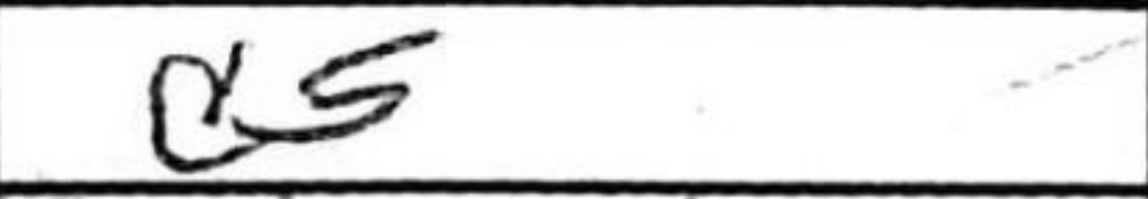
Transcription: d5